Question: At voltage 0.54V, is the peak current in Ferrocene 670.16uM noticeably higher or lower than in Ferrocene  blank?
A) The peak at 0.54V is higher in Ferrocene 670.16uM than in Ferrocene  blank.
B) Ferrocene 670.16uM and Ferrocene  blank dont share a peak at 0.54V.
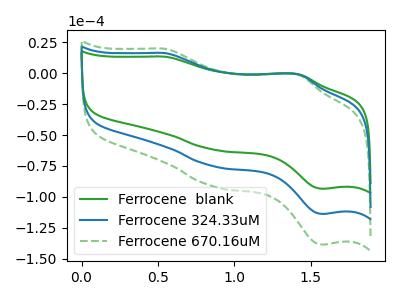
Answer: <think>The green curve "Ferrocene  blank" has anodic peaks at (0.55V, 13.30uA) (1.40V, -0.95uA) and cathodic peaks at (0.85V, -61.85uA) (1.60V, -93.40uA). The blue curve "Ferrocene 324.33uM" has anodic peaks at (0.55V, 16.20uA) (1.40V, -1.15uA) and cathodic peaks at (0.85V, -75.30uA) (1.60V, -113.75uA). The green dashed curve "Ferrocene 670.16uM" has anodic peaks at (0.55V, 32.40uA) (1.40V, -2.25uA) and cathodic peaks at (0.85V, -150.55uA) (1.60V, -227.50uA).</think>
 <answer>A) The peak at 0.54V is higher in "Ferrocene 670.16uM" than in "Ferrocene  blank".</answer>
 <eval>A</eval>